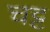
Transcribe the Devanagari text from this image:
चट्ट